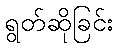
ရွတ်ဆိုခြင်း